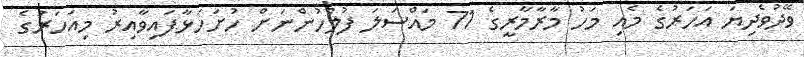
ވޭދުވެދިޔަ އަހަރުގެ މެއި މަހު މާރާމާރީގެ 71 މައްސަލަ ފުލުހުންނަށް ހުށަހަޅާފައިވާއިރު މިއަހަރުގެ